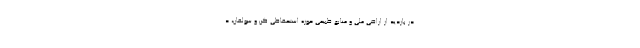
در بازدید از اراضی ملی و منابع طبیعی حوزه استحفاظی کن و سولقان، د